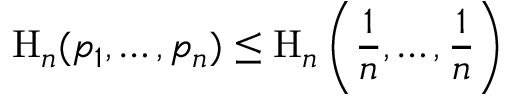
\mathrm { H } _ { n } ( p _ { 1 } , \ldots , p _ { n } ) \leq \mathrm { H } _ { n } \left( { \frac { 1 } { n } } , \ldots , { \frac { 1 } { n } } \right)